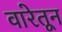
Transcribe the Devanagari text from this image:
वारेतून